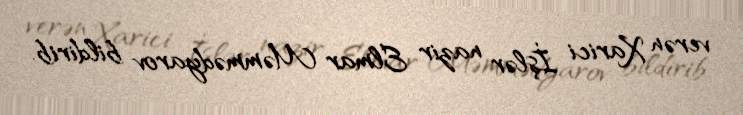
verən Xarici İşlər nazir Elmar Məmmədyarov bildirib.